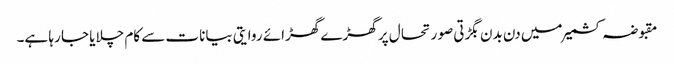
مقبوضہ کشمیر میں دن بدن بگڑتی صو ر تحا ل پر گھڑے گھڑائے روایتی بیانات سے کام چلایا جا رہا ہے۔